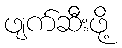
ဖျက်ဆီးဖို့